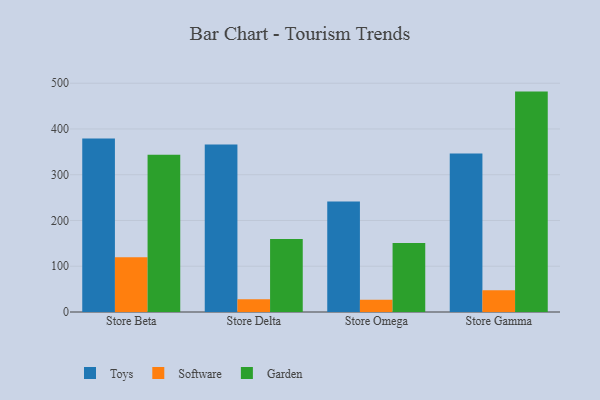
{"axis": {"x": "Store", "y": "Budget (USD K)"}, "legend": ["Garden", "Software", "Toys"], "data": [{"x": "Store Beta", "y": 379.4, "type": "Toys"}, {"x": "Store Beta", "y": 119.6, "type": "Software"}, {"x": "Store Beta", "y": 343.8, "type": "Garden"}, {"x": "Store Delta", "y": 365.9, "type": "Toys"}, {"x": "Store Delta", "y": 27.9, "type": "Software"}, {"x": "Store Delta", "y": 159.6, "type": "Garden"}, {"x": "Store Omega", "y": 241.5, "type": "Toys"}, {"x": "Store Omega", "y": 26.6, "type": "Software"}, {"x": "Store Omega", "y": 150.7, "type": "Garden"}, {"x": "Store Gamma", "y": 346.3, "type": "Toys"}, {"x": "Store Gamma", "y": 47.8, "type": "Software"}, {"x": "Store Gamma", "y": 481.7, "type": "Garden"}]}